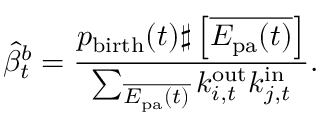
\widehat { \beta } _ { t } ^ { b } = \frac { p _ { \mathrm { b i r t h } } ( t ) \sharp \left[ { \overline { { E _ { \mathrm { p a } } ( t ) } } } \right] } { \sum _ { \overline { { E _ { \mathrm { p a } } ( t ) } } } k _ { i , t } ^ { \mathrm { o u t } } k _ { j , t } ^ { \mathrm { i n } } } .